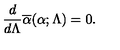
{ \frac { d } { d \Lambda } } \overline { \alpha } ( \alpha ; \Lambda ) = 0 .